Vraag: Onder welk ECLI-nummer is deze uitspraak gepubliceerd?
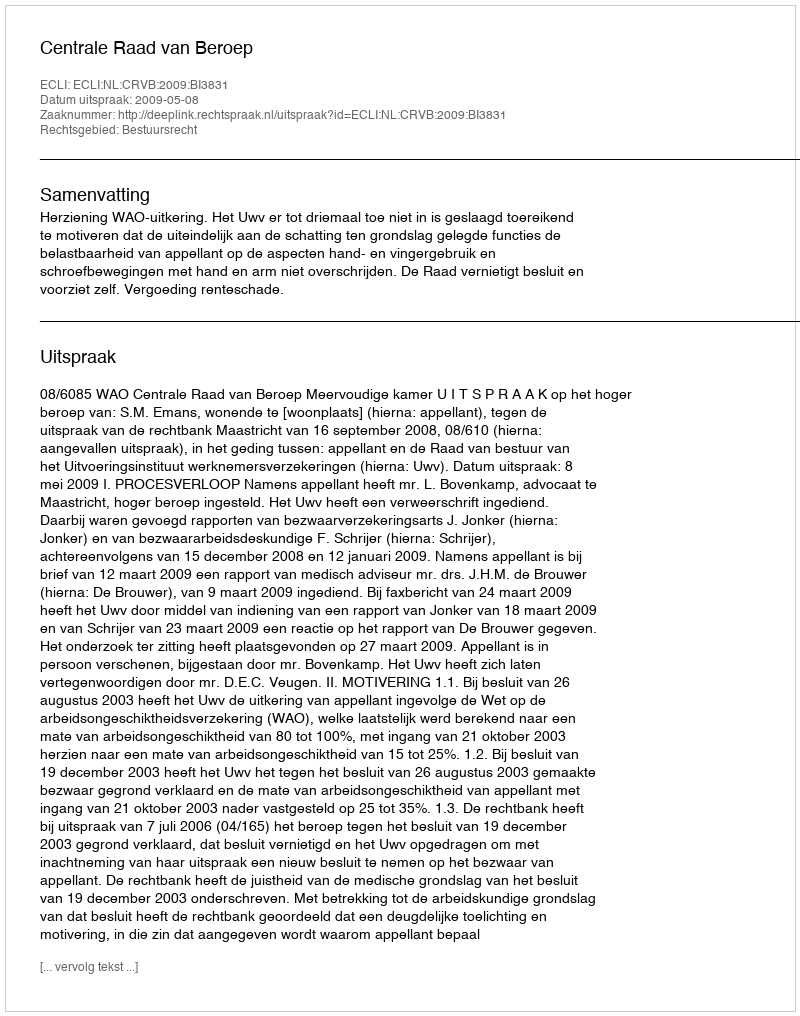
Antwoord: ECLI:NL:CRVB:2009:BI3831